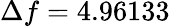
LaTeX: \Delta f=4.96133